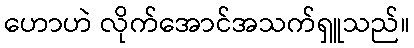
ဟောဟဲ လိုက်အောင်အသက်ရှူသည်။